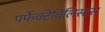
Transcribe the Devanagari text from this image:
पर्फेक्टेबिलिस्ट्स